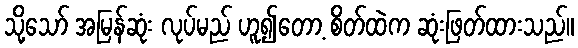
သို့သော် အမြန်ဆုံး လုပ်မည် ဟူ၍တော့ စိတ်ထဲက ဆုံးဖြတ်ထားသည်။